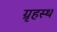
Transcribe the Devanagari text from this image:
ग्रृहस्थ